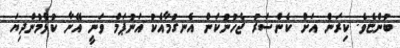
ބުންޏެވެ. ކިރަން އަށް ކެންސަރު ޖެހުނުކަން އެނގުމާއެކު އަނުޕަމް ވަނީ އޭނާ ކުޅެމުންދިޔަ